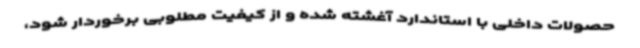
حصولات داخلی با استاندارد آغشته شده و از کیفیت مطلوبی برخوردار شود،